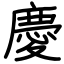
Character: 慶